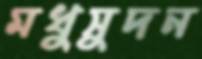
মধুসুদন